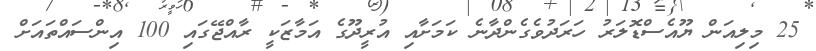
25 މިިލިއަން ޔޫއެސްޑޮލަރު ހަރަދުވެގެންދާނެ ކަމަށާއި އުރީދޫގެ އަމާޒަކީ ރާއްޖޭގައި 100 އިންސައްތައަށް